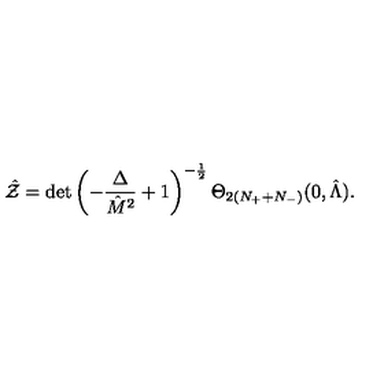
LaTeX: \hat { \cal Z } = \det \left( - { \frac { \Delta } { \hat { M } ^ { 2 } } } + 1 \right) ^ { - { \frac { 1 } { 2 } } } \Theta _ { 2 ( N _ { + } + N _ { - } ) } ( 0 , \hat { \Lambda } ) .